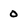
Character: 0